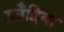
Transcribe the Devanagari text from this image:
बतैहिया